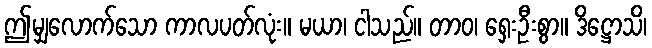
ဤမျှလောက်သော ကာလပတ်လုံး။ မယာ၊ ငါသည်။ တာဝ၊ ရှေးဦးစွာ။ ဒိဋ္ဌောသိ၊